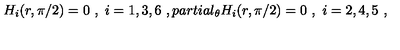
H _ { i } ( r , \pi / 2 ) = 0 \ , \ i = 1 , 3 , 6 \ , p a r t i a l _ { \theta } H _ { i } ( r , \pi / 2 ) = 0 \ , \ i = 2 , 4 , 5 \ ,